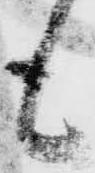
も